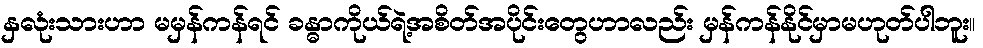
နှလုံးသားဟာ မမှန်ကန်ရင် ခန္ဓာကိုယ်ရဲ့အစိတ်အပိုင်းတွေဟာလည်း မှန်ကန်နိုင်မှာမဟုတ်ပါဘူး။